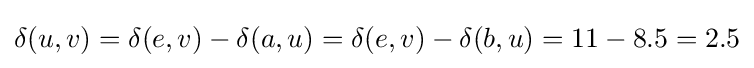
\delta (u,v)=\delta (e,v)-\delta (a,u)=\delta (e,v)-\delta (b,u)=11-8.5=2.5